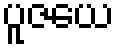
ပူဇယေ